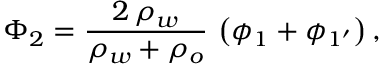
\Phi _ { 2 } = \frac { 2 \, \rho _ { w } } { \rho _ { w } + \rho _ { o } } \, \left( \phi _ { 1 } + \phi _ { 1 ^ { \prime } } \right) ,